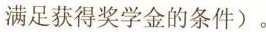
满足获得奖学金的条件)。